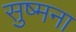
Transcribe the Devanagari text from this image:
सुष्मना